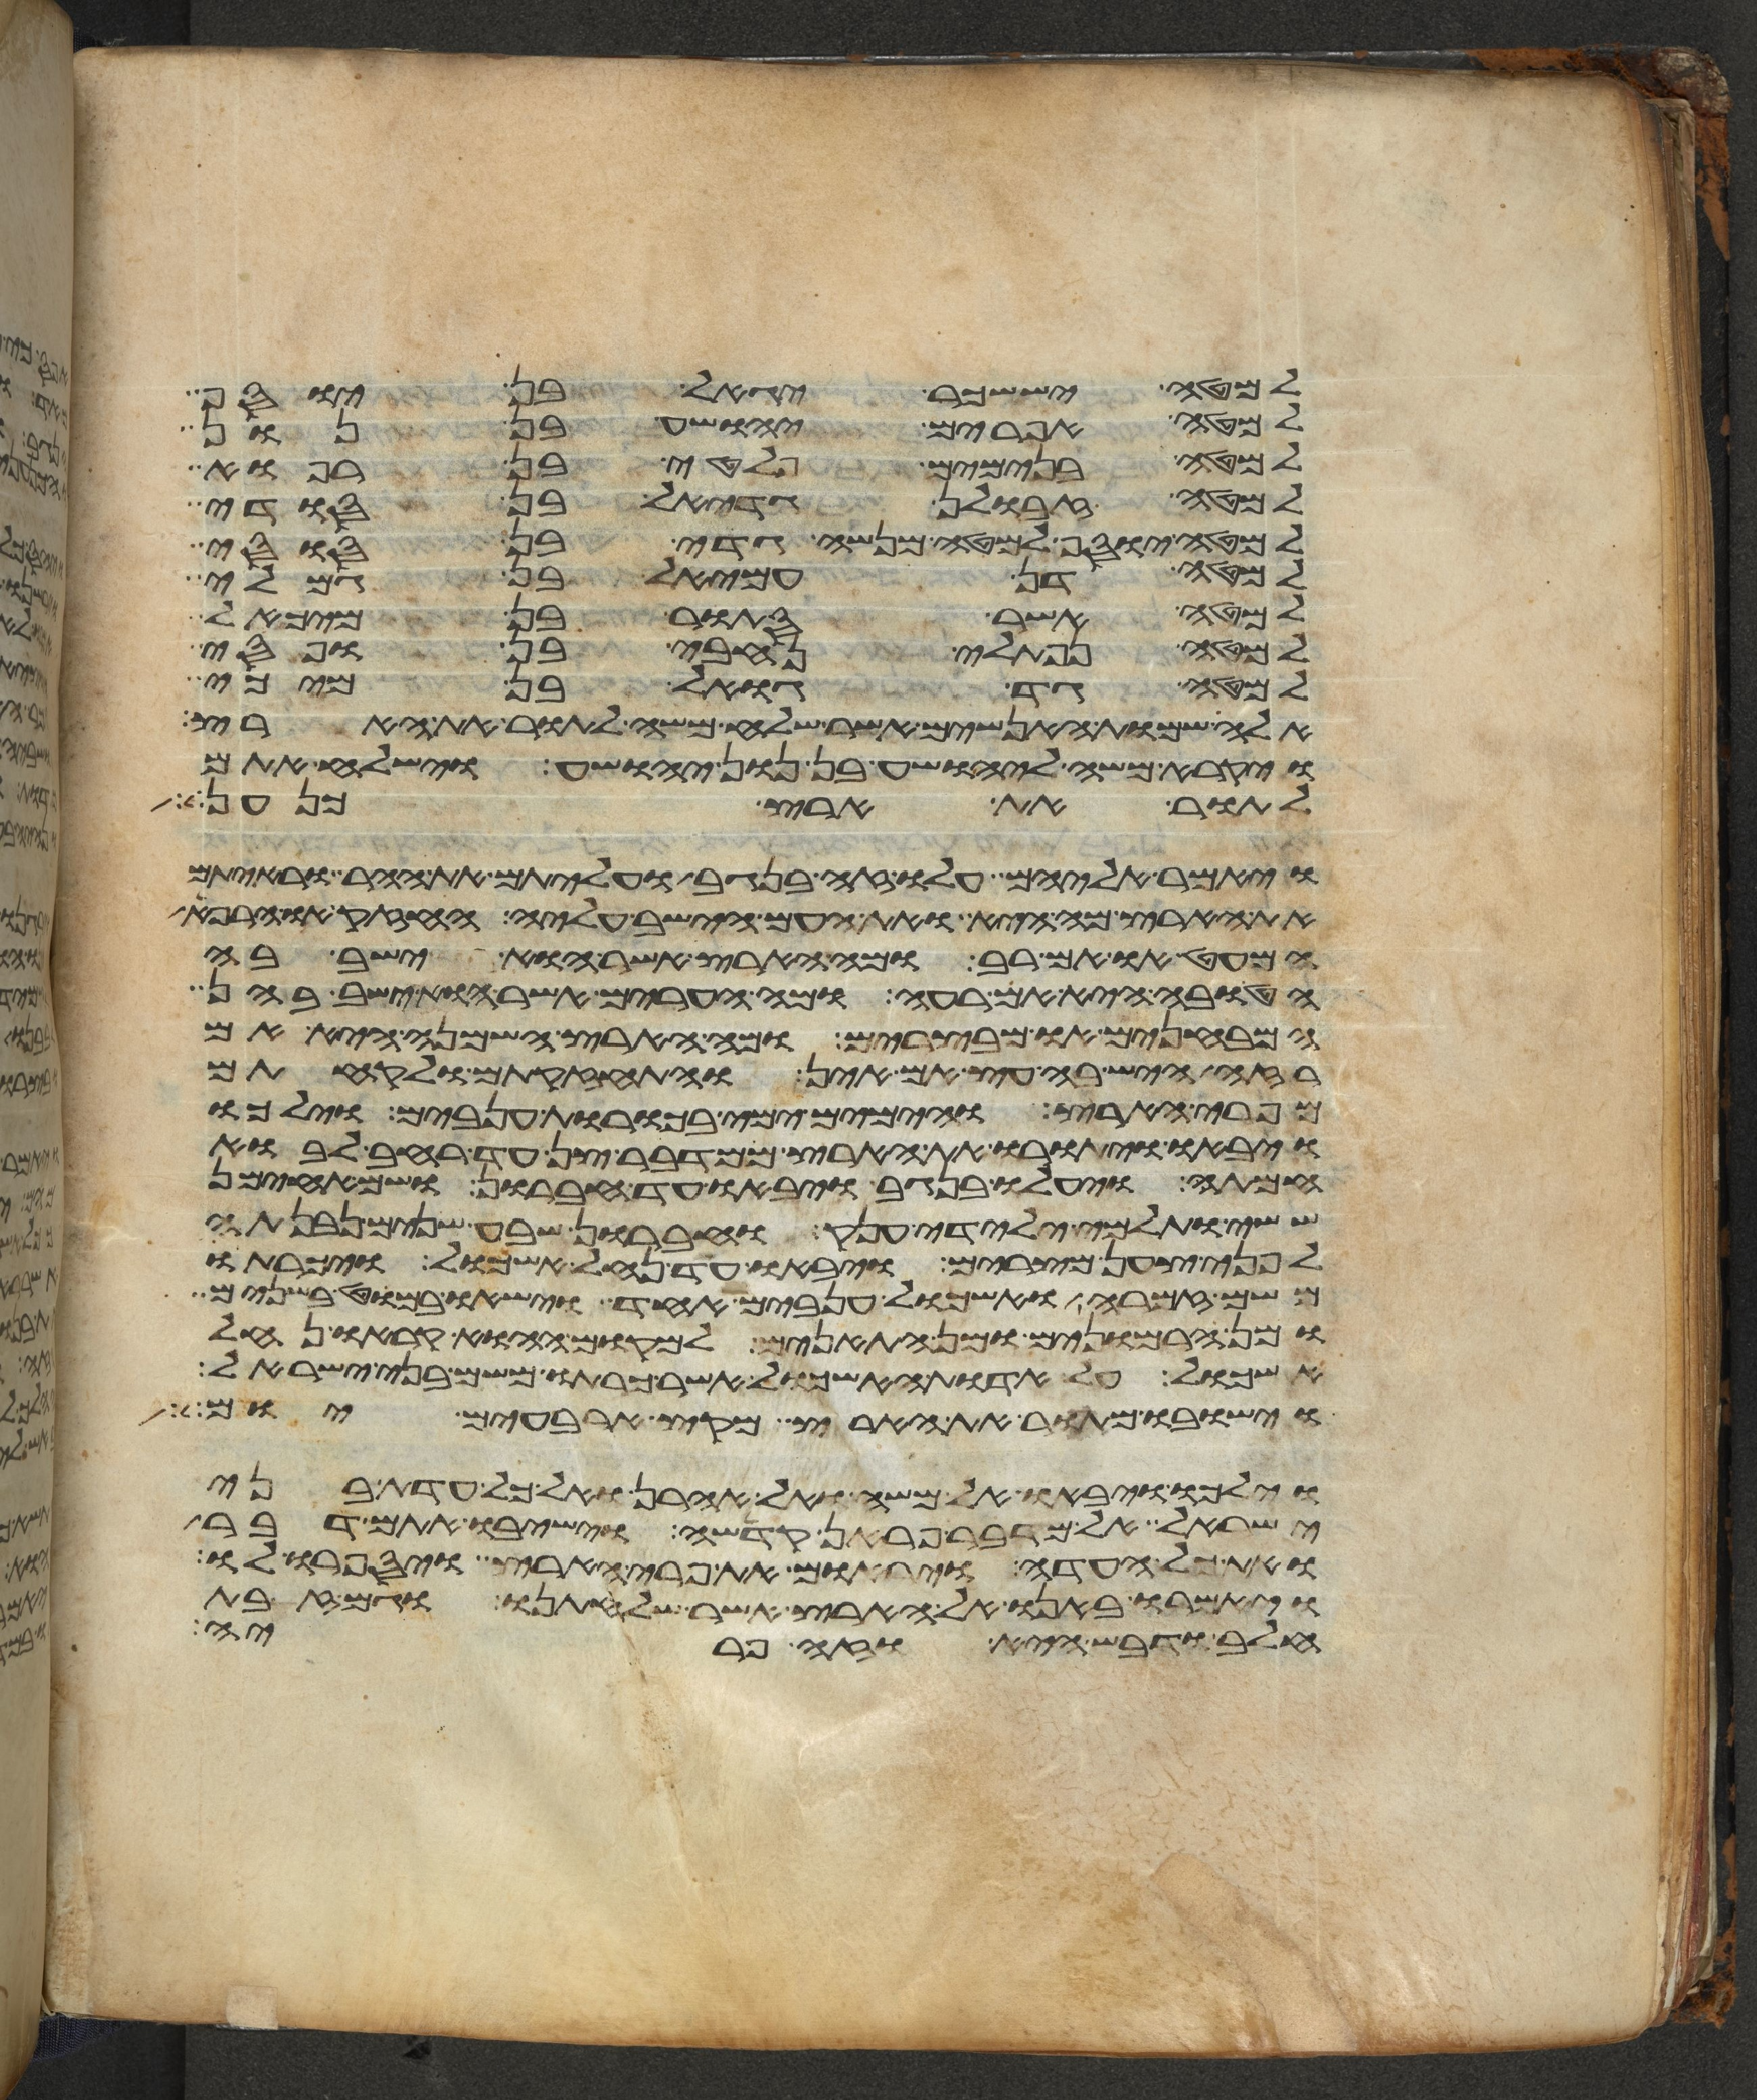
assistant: למטה יששכר יגאל בן יוסף
למטה אפרים יהושע בן נון
למטה בנימים פלטי בן רפוא
למטה זבולן גדיאל בן סודי
למטה יוסף למטה מנשה גדי בן סוסי
למטה דן עמיאל בן גמלי
למטה אשר סתור בן מיכאל
למטה נפתלי נחבי בן ופסי
למטה גד גואל בן מיכי
אלה שמות האנשים אשר שלח משה לתור את הארץ
ויקרא משה ליהושע בן נון יהושע וישלח אתם
לתור את ארץ כנען
ויאמר אליהם עלו זה בנגב ועליתם את ההר וראיתם
את הארץ מה היא ואת העם הישב עליה החזק או הרפא
המעט הוא אם רב ומה הארץ אשר הוא ישב בה
הטובה היא אם רעה ומה הערים אשר הוא ישב בהן
המבחנים או מבצרים ומה הארץ השמנה היא אם
רזה היש בה עץ אם אין והתחזקתם ולקחתם
מפרי הארץ והימים ימי בכורת ענבים וילכו
ויבאו ויתורו את הארץ ממדבר צן עד רחב לבוא
חמתה ויעלו בנגב ויבאו עד חברון ושם אחימן
ששי ותלמי ילידי ענק וחברון שבע שנים נבנתה
לפני צען מצרים ויבאו עד נחל אשכול ויכרתו
משם זמרה ואשכול ענבים אחד וישאו במוט בשנים
ומן הרמונים ומן התאנים למקום ההוא קראו נחל
אשכול על אדות האשכול אשר כרתו משם בני ישראל
וישבו מתור את הארץ מקץ ארבעים יום
וילכו ויבאו אל משה ואל אהרן ואל כל עדת בני
ישראל אל מדבר פראן קדשה וישיבו אתם דבר
ואת כל העדה ויראום את פרי הארץ ויספרו לו
ויאמרו באנו אל הארץ אשר שלחתנו וגם זבת
חלב ודבש היא וזה פריה